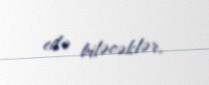
edə biləcəklər.